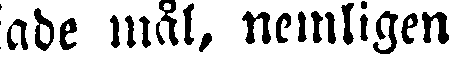
ade mål, nemligen